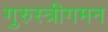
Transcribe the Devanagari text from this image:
गुरुस्त्रीगमन